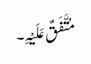
مُتَّفَقٌ عَلَیْہِ۔